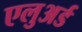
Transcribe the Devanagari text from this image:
एलुअर्ड